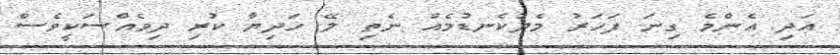
އަދި އެންމެ ގިނަ ފަހަރު މެދުކެނޑުމެއް ނެތި ލޭ ހަދިޔާ ކުރި ދިވެއްސަކީވެސް